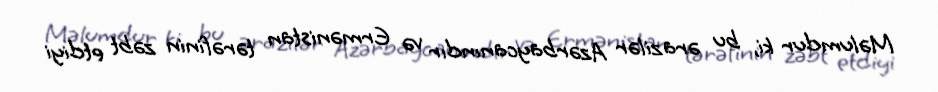
Məlumdur ki, bu ərazilər Azərbaycanındır və Ermənistan tərəfinin zəbt etdiyi